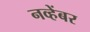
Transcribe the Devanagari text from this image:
नव्हेंबर